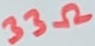
Text: 33Ω